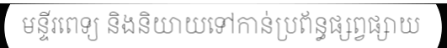
មន្ទីរពេទ្យ និងនិយាយទៅកាន់ប្រព័ន្ធផ្សព្វផ្សាយ